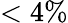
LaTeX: <4\%